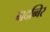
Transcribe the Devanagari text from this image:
मदब्बिर